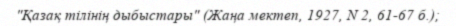
"Қазақ тілінің дыбыстары" (Жаңа мектеп, 1927, N 2, 61-67 б.);